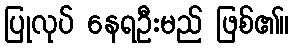
ပြုလုပ် နေရဦးမည် ဖြစ်၏။